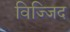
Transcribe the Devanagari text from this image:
विज्जिद